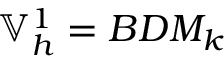
\mathbb { V } _ { h } ^ { 1 } = B D M _ { k }